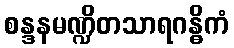
စန္ဒနမဏ္ဍိတသာရဂန္ဓိကံ